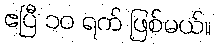
ဧပြီ ၁၀ ရက် ဖြစ်မယ်။